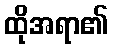
ထိုအရာ၏